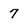
Character: 7